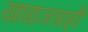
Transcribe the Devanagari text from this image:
खाद्यजत्राही